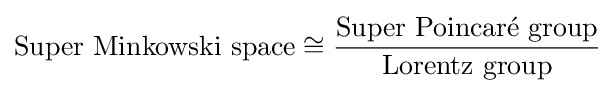
{\text{Super Minkowski space}}\cong {\frac {\text{Super Poincaré group}}{\text{Lorentz group}}}